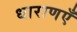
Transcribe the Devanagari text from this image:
धाराणएँ